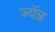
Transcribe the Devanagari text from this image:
ज्यॅन्न